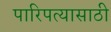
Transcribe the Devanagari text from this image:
पारिपत्यासाठी